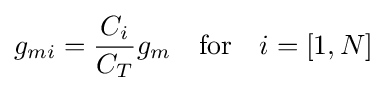
g_{mi}={\frac {C_{i}}{C_{T}}}g_{m}\quad {\mbox{for}}\quad i=[1,N]